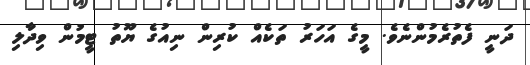
ދަނީ ފެތުރެމުންނެވެ. މީގެ އަހަރު ތަކެއް ކުރިން ނިއުގެ ޔޫތު ޓީމުން ވިދާލި